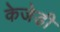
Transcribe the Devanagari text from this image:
केजेडी